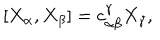
[ X _ { \alpha } , X _ { \beta } ] = c _ { \alpha \beta } ^ { \gamma } X _ { \gamma } ,